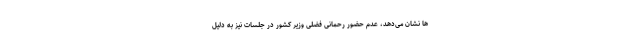
ها نشان می‌دهد، عدم حضور رحمانی فضلی وزیر کشور در جلسات نیز به دلیل